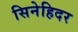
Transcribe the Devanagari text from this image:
सिनेहिदर